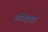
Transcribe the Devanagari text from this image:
कोमेइचा